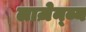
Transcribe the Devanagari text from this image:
लाज़ेन्ब्य